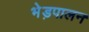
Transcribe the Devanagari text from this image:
भेड़पालन